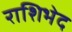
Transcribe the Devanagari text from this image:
राशिभेद